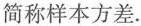
简称样本方差.